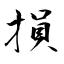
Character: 損